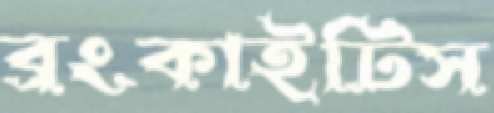
ব্রংকাইটিস